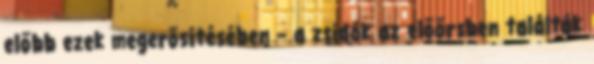
előbb ezek meg­­erősítésében – a zsidók az előőrsben találták